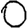
Digit: 0